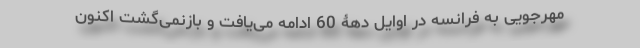
مهرجویی به فرانسه در اوایل دهۀ 60 ادامه می‌یافت و بازنمی‌گشت اکنون